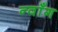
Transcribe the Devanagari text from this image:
न्वाँग